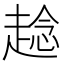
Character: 趝